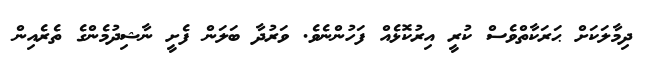
ދިމާލަކަށް ޙަރަކާތްވެސް ކުރީ އިރުކޮޅެއް ފަހުންނެވެ. ވަރުދާ ބަލަން ފެށީ ނާޝިދުމެންގެ ތެރެއިން